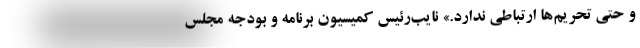
و حتی تحریم‌ها ارتباطی ندارد.» نایب‌رئیس کمیسیون برنامه و بودجه مجلس